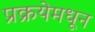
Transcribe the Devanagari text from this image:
प्रक्रयेमधून